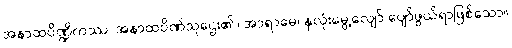
အနာထပိဏ္ဍိကဿ၊ အနာထပိဏ်သူဌေး၏။ အာရာမေ၊ နှလုံးမွေ့လျော် ပျော်ဖွယ်ရာဖြစ်သော။